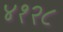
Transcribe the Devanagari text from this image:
४१२८